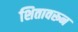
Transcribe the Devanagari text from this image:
शितावरून